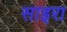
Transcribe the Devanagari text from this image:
साइरा